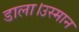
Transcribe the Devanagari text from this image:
डाला।उस्मान